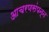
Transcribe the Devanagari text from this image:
आचरणसंपन्न